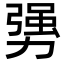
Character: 勥